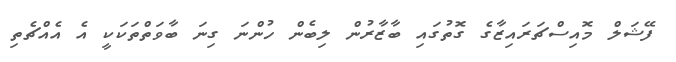
ފޭޝަލް މޮއިސްޗަރައިޒާގެ ގޮތުގައި ބާޒާރުން ލިބެން ހުންނަ ގިނަ ބާވަތްތަކަކީ އެ އެއްޗެތި